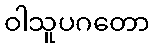
ဝါသူပဂတော